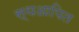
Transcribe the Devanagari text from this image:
स्थआपित